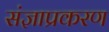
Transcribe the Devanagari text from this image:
संज्ञाप्रकरण